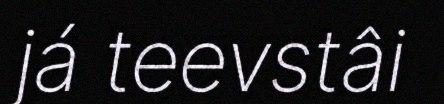
já teevstâi